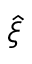
\hat { \xi }